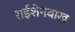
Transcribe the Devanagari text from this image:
राईशेनबाख